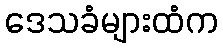
ဒေသခံများထံက